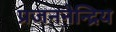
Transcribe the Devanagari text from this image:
प्रजननेन्द्रिय